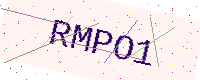
Text: RMPO1